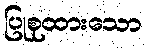
ပြုစုထားသော